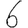
Digit: 6